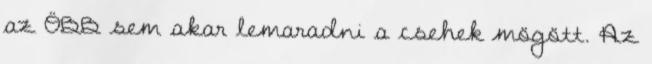
az ÖBB sem akar lemaradni a csehek mögött. Az